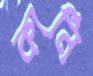
কার্নি